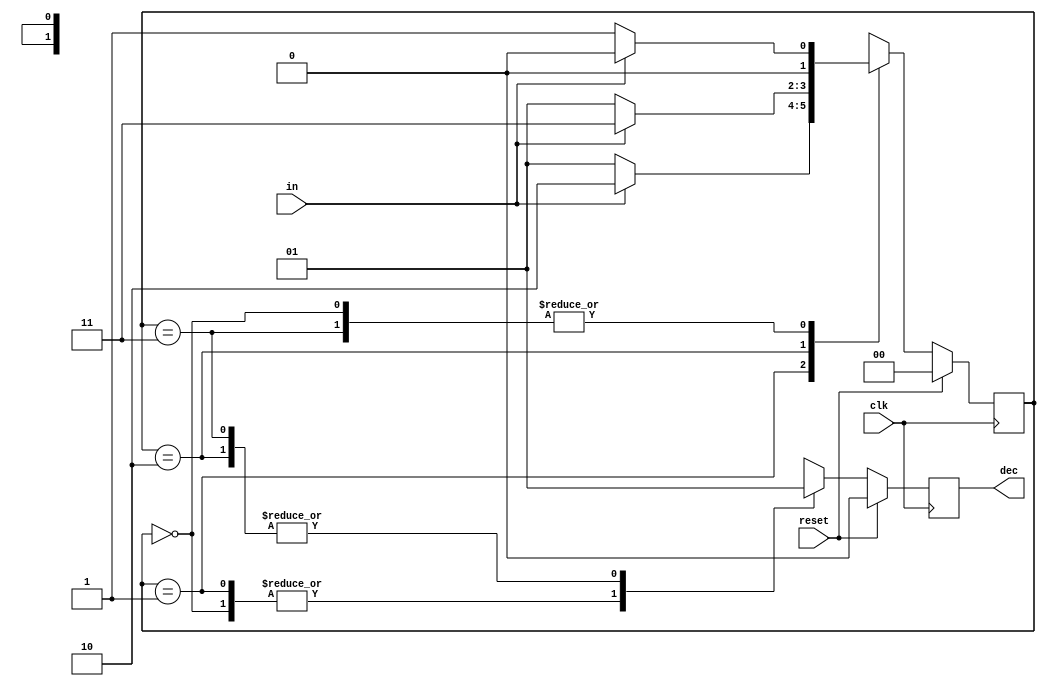
`timescale 1ns / 1ps

module Patteren_dec(
    input reset, clk, 
    input in,
    output reg dec
);
parameter s0=2'b00, s1=2'b01, s2=2'b10, s3=2'b11;
reg [1:0] state; 

always @(posedge clk) begin
    if(reset) begin
        dec <= 1'b0;
        state <= s0;
    end
    else begin
        case(state)
            s0: begin
                dec <= 1'b0;
                state <= in ? s0 : s1;
            end
            
            s1: begin
                dec <= 1'b0;
                state <= in ? s2 : s1;
            end
            
            s2: begin
                dec <= 1'b1;
                state <= in ? s3 : s1;
            end
            
            s3: begin
                dec <= 1'b1;
                state <= in ? s0 : s1;
            end
        endcase
    end
end

endmodule

module Patteren_dec_tb;
    reg reset, clk;
    reg in;
    reg [19:0] r = 20'b10110101010101101100;
    wire dec;
    integer i = 0;
    Patteren_dec P1(reset, clk, in, dec);

    initial begin
        clk = 0; reset = 1; in = 0;
        #10 reset = 0;
        
        // Toggle 'in' every clock cycle
        for(i=0; i <20; i=1+1)
            #5 in = r[i];
            #5;
            $finish;
        end
    
    always #5 clk = ~clk;
endmodule








//`timescale 1ns / 1ps

//module Patteren_dec(
//    input reset, clk, 
//    input in,
//    output reg dec
//    );
//parameter s0=2'b00, s1=2'b01, s2=2'b10, s3=2'b11;
//reg [1:0] state; 
//always@(posedge clk) begin
//if(reset) begin
//    dec <= 1'b0;
//    state <= s0;
//end
//else begin
//    case(state)
//        s0: begin
//            dec <= 1'b0;
//            if(in) state <= s0;
//            else state <= s1;
//        end
        
//        s1: begin
//            dec <= 1'b0;
//            if(in) state <= s2;
//            else state <= s1;
//        end
        
//        s2: begin
//            dec <= 1'b1;
//            if(in) state <= s3;
//            else state <= s1;
//        end
        
//        s3: begin
//            dec <= 1'b1;
//            state <= in ? s0 : s1;
//        end
//    endcase
//end
//end
//endmodule

//module Patteren_dec_tb;
//reg reset, clk;
//reg in;
//reg [19:0] r=20'b10110101010101101100;
//wire dec;
//integer i=0;
//Patteren_dec P1(reset, clk, in, dec);

//initial
//begin
//#20
//    in = 0;
    
//    reset =1;
//    #10
    
//     #5
//    #5
//    reset =0;
//    for(i=0; i<20; i=i+1)
//        #5 in = r[i];
//    $finish;
//end
//always #5 clk = !clk;
//endmodule